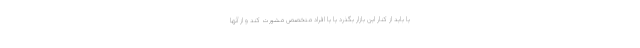
یا باید از کنار این بازار بگذرد یا یا افراد متخصص مشورت کند و از آنها